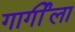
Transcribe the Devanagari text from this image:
गार्गीला